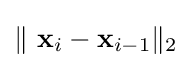
\|\ \mathbf {x} _{i}-\mathbf {x} _{i-1}\|_{2}